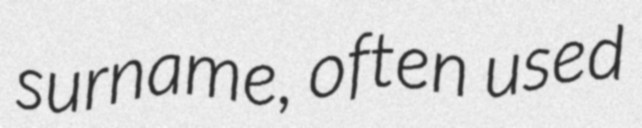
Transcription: surname, often used